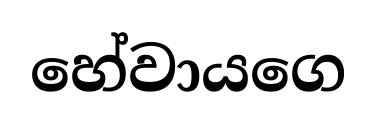
හේවායගෙ